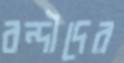
বন্দীদের